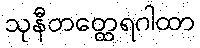
သုနီတတ္ထေရဂါထာ